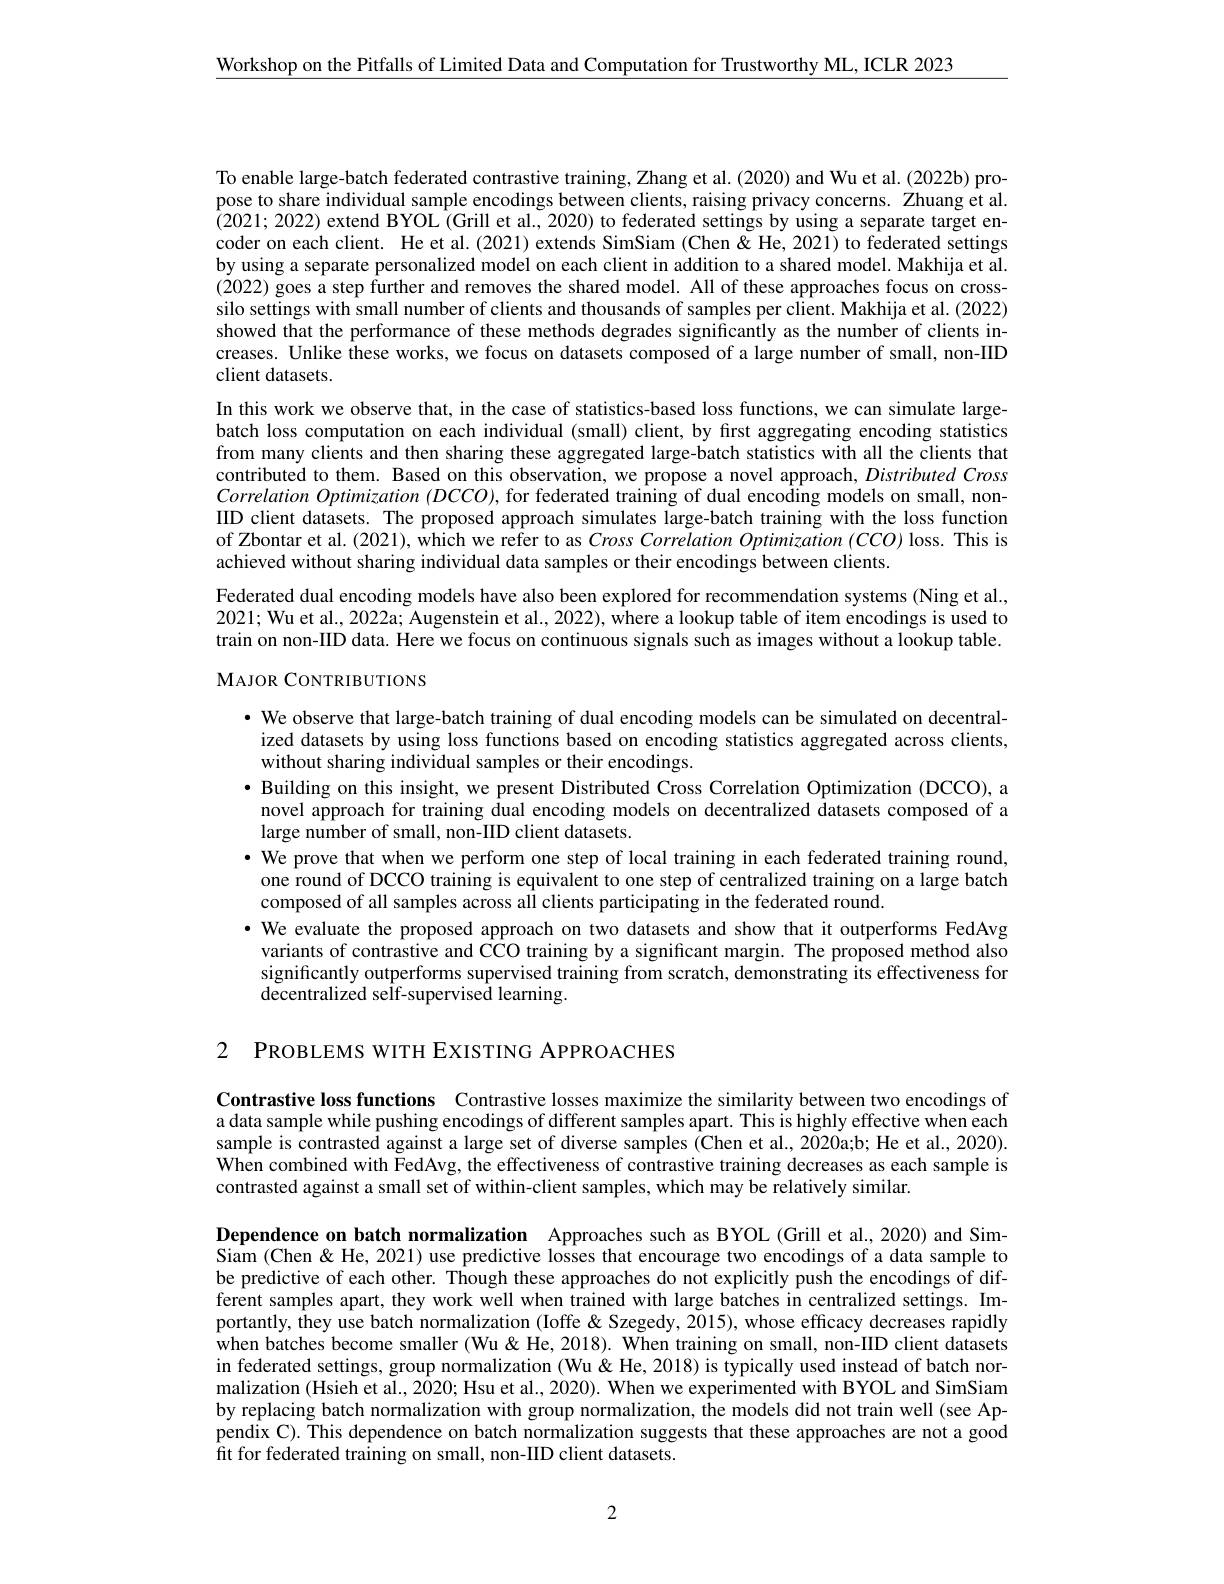
$\underline{\text{Workshop on the Pitfalls of Limited Data and Computation for Trustworthy ML, ICLR 2023}}$

To enable large-batch federated contrastive training, Zhang et al. (2020) and Wu et al. (2022b) propose to share individual sample encodings between clients, raising privacy concerns. Zhuang et al. $\hat{(2021;2022)}$ extend BYOL (Grill et al., 2020) to federated settings by using a separate target encoder on each client. He et al.(2021) extends SimSiam (Chen&He,2021) to federated settings by using a separate personalized model on each client in addition to a shared model. Makhija et al. (2022) goes a step further and removes the shared model. All of these approaches focus on crosssilo settings with small number of clients and thousands of samples per client. Makhija et al. (2022) showed that the performance of these methods degrades significantly as the number of clients increases. Unlike these works, we focus on datasets composed of a large number of small, non-IID client datasets.
In this work we observe that, in the case of statistics-based loss functions, we can simulate largebatch loss computation on each individual (small) client, by first aggregating encoding statistics from many clients and then sharing these aggregated large-batch statistics with all the clients that contributed to them. Based on this observation, we propose a novel approach, Distributed Cross Correlation Optimization $( DCCO) $, for federated training of dual encoding models on small, non- IID client datasets. The proposed approach simulates large-batch training with the loss function of Zbontar et al. (2021), which we refer to as Cross Correlation Optimization (CCO) loss. This is achieved without sharing individual data samples or their encodings between clients.
Federated dual encoding models have also been explored for recommendation systems (Ning et al., 2021; Wu et al., 2022a; Augenstein et al., 2022), where a lookup table of item encodings is used to train on non-IID data. Here we focus on continuous signals such as images without a lookup table. MAJOR CONTRIBUTIONS

· We observe that large-batch training of dual encoding models can be simulated on decentralized datasets by using loss functions based on encoding statistics aggregated across clients, without sharing individual samples or their encodings.
$\bullet$ Building on this insight, we present Distributed Cross Correlation Optimization (DCCO), a novel approach for training dual encoding models on decentralized datasets composed of a large number of small, non-IID client datasets.
$\cdot$ We prove that when we perform one step of local training in each federated training round,
one round of DCCO training is equivalent to one step of centralized training on a large batch
composed of all samples across all clients participating in the federated round.
·We evaluate the proposed approach on two datasets and show that it outperforms FedAvg variants of contrastive and CCO training by a significant margin. The proposed method also significantly outperforms supervised training from scratch, demonstrating its effectiveness for $\tilde{\text{decentralized self-supervised learning}}.$

2 PROBLEMS WITH EXISTING APPROACHES

Contrastive loss functions Contrastive losses maximize the similarity between two encodings of a data sample while pushing encodings of different samples apart. This is highly effective when each sample is contrasted against a large set of diverse samples (Chen et al., 2020a;b; He et al., 2020). $\hat{\text{When combined with FedAvg, the effectiveness of contrastive training decreases as each sample is}}$ contrasted against a small set of within-client samples, which may be relatively similar.

Dependence on batch normalization Approaches such as BYOL (Grill et al., 2020) and SimSiam (Chen&&He, 2021) use predictive losses that encourage two encodings of a data sample to be predictive of each other. Though these approaches do not explicitly push the encodings of different samples apart, they work well when trained with large batches in centralized settings. Importantly, they use batch normalization (Ioffe&Szegedy, 2015), whose efficacy decreases rapidly when batches become smaller (Wu&He, 2018). When training on small, non-IID client datasets in federated settings, group normalization (Wu&He, 2018) is typically used instead of batch normalization (Hsieh et al., 2020; Hsu et al., 2020). When we experimented with BYOL and SimSiam by replacing batch normalization with group normalization, the models did not train well (see Appendix C). This dependence on batch normalization suggests that these approaches are not a good fit for federated training on small, non-IID client datasets.

2